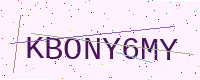
Text: KBONY6MY